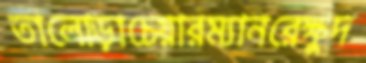
তালোড়াচেয়ারম্যানরেক্ষুদ